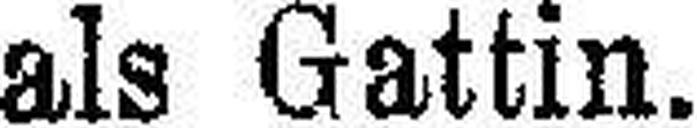
als Gattin.